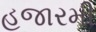
હજારમી